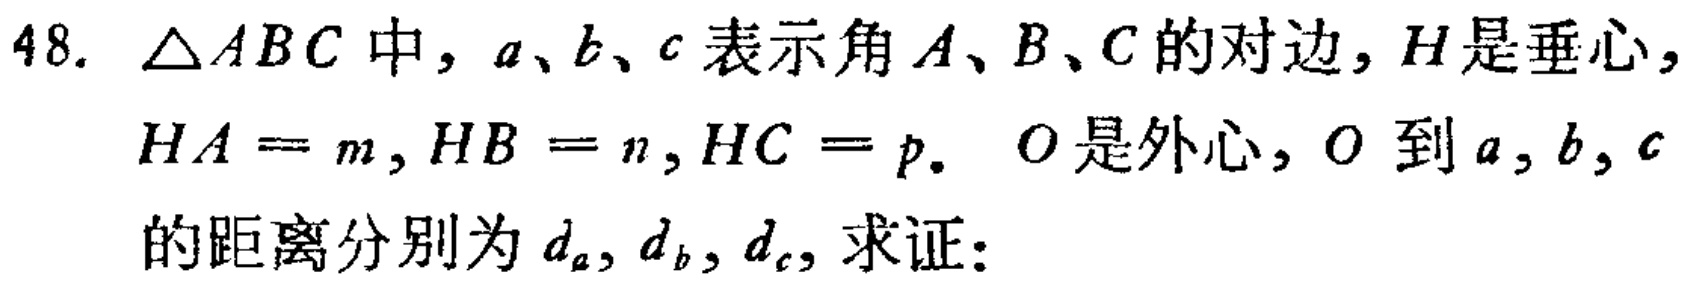
48. $\triangle ABC$中，$a、b、c$表示角$A、B、C$的对边，$H$是垂心，$HA = m,HB = n,HC = p.$ $O$是外心，$O$到$a,b,c$的距离分别为$d_a,d_b,d_c$，求证：